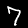
Label: 7